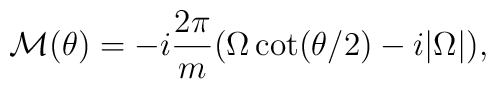
{\cal M}(\theta) = -i\frac{2\pi}{m}  (\Omega \cot(\theta/2)- i |\Omega|),